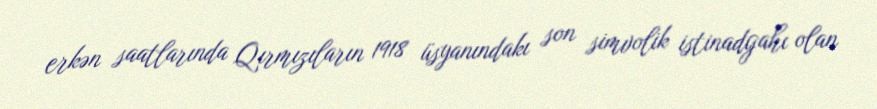
erkən saatlarında Qırmızıların 1918 üsyanındakı son simvolik istinadgahı olan